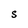
Character: S